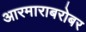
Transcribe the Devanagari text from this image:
आरमाराबरोबर